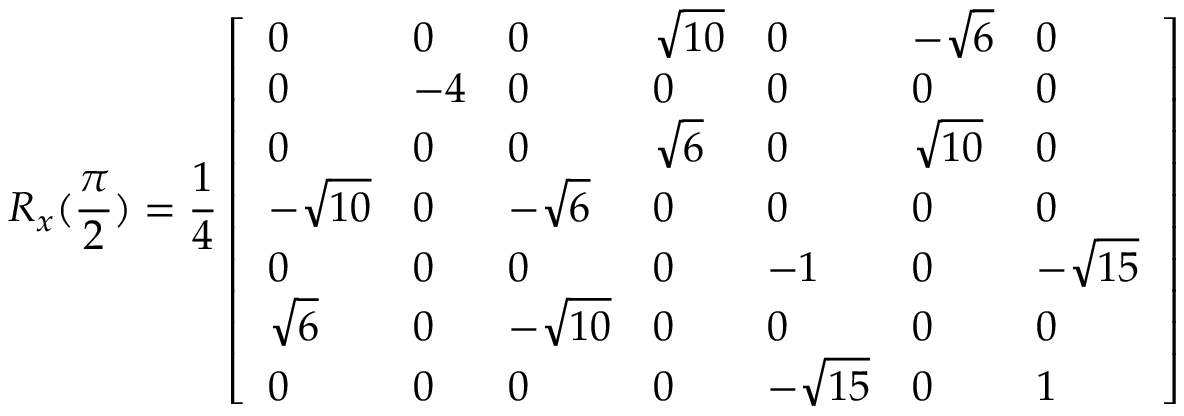
R _ { x } ( \frac { \pi } { 2 } ) = \frac { 1 } { 4 } \left[ \begin{array} { l l l l l l l } { 0 } & { 0 } & { 0 } & { \sqrt { 1 0 } } & { 0 } & { - \sqrt { 6 } } & { 0 } \\ { 0 } & { - 4 } & { 0 } & { 0 } & { 0 } & { 0 } & { 0 } \\ { 0 } & { 0 } & { 0 } & { \sqrt { 6 } } & { 0 } & { \sqrt { 1 0 } } & { 0 } \\ { - \sqrt { 1 0 } } & { 0 } & { - \sqrt { 6 } } & { 0 } & { 0 } & { 0 } & { 0 } \\ { 0 } & { 0 } & { 0 } & { 0 } & { - 1 } & { 0 } & { - \sqrt { 1 5 } } \\ { \sqrt { 6 } } & { 0 } & { - \sqrt { 1 0 } } & { 0 } & { 0 } & { 0 } & { 0 } \\ { 0 } & { 0 } & { 0 } & { 0 } & { - \sqrt { 1 5 } } & { 0 } & { 1 } \end{array} \right]